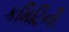
કમિટિની